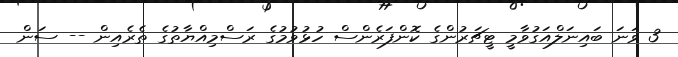
3 ވަނަ ބައިނަލްއަގުވާމީ ޓީޗަރުންގެ ކޮންފަރެންސް ހުޅުވުމުގެ ރަސްމިއްޔާތުގެ ތެރެއިން -- ސަން